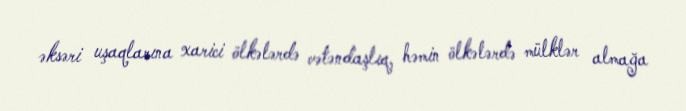
əksəri uşaqlarına xarici ölkələrdə vətəndaşlıq, həmin ölkələrdə mülklər almağa